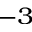
^ { - 3 }